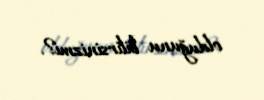
olduğunu bilirsinizmi?.